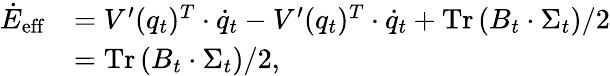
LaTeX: \begin{array}{rl}{\dot{E}_{\mathrm{eff}}}&{=V^{\prime}(q_{t})^{T}\cdot\dot{q}_{t}-V^{\prime}(q_{t})^{T}\cdot\dot{q}_{t}+\operatorname{Tr}\left(B_{t}\cdot\Sigma_{t}\right)/2}\\ &{=\operatorname{Tr}\left(B_{t}\cdot\Sigma_{t}\right)/2,}\end{array}